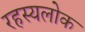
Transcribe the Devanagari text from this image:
रहस्यलोक